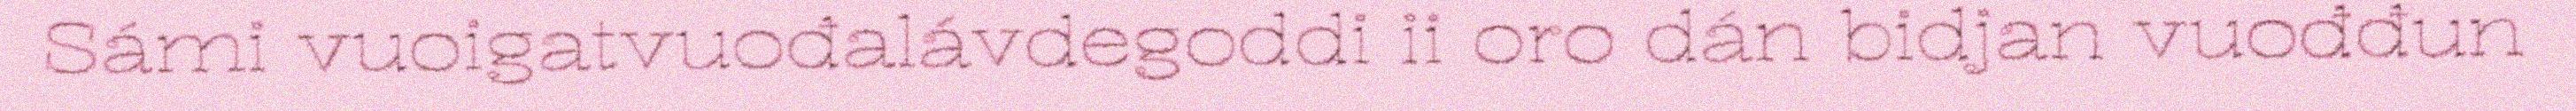
Sámi vuoigatvuođalávdegoddi ii oro dán bidjan vuođđun